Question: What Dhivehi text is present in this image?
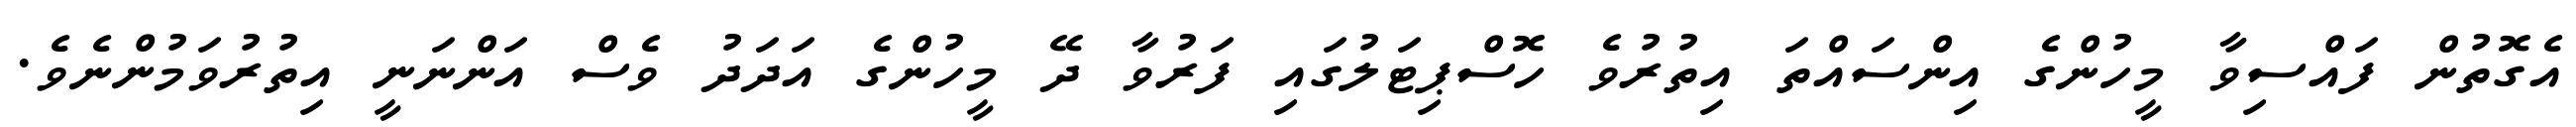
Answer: އެގޮތުން ފައްސިވާ މީހުންގެ އިންސައްތަ އިތުރުވެ ހޮސްޕިޓަލުގައި ފަރުވާ ދޭ މީހުންގެ އަދަދު ވެސް އަންނަނީ އިތުރުވަމުންނެވެ.